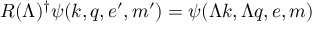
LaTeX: R ( \Lambda ) ^ { \dagger } \psi ( k , q , e ^ { \prime } , m ^ { \prime } ) = \psi ( \Lambda k , \Lambda q , e , m )